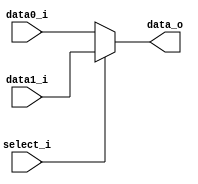
`timescale 1ns / 1ps
module MUX_2_to_1(data0_i,data1_i,select_i,data_o);
    parameter size = 0;	
    input  [size-1:0] data0_i;          
    input  [size-1:0] data1_i;
	input             select_i;
    output [size-1:0] data_o; 
	 
	    /* add your design */   
    	assign data_o = (select_i == 0) ? data0_i : data1_i;

endmodule